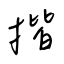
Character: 揩